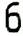
6